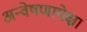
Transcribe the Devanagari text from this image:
अन्वेषणापेक्षा